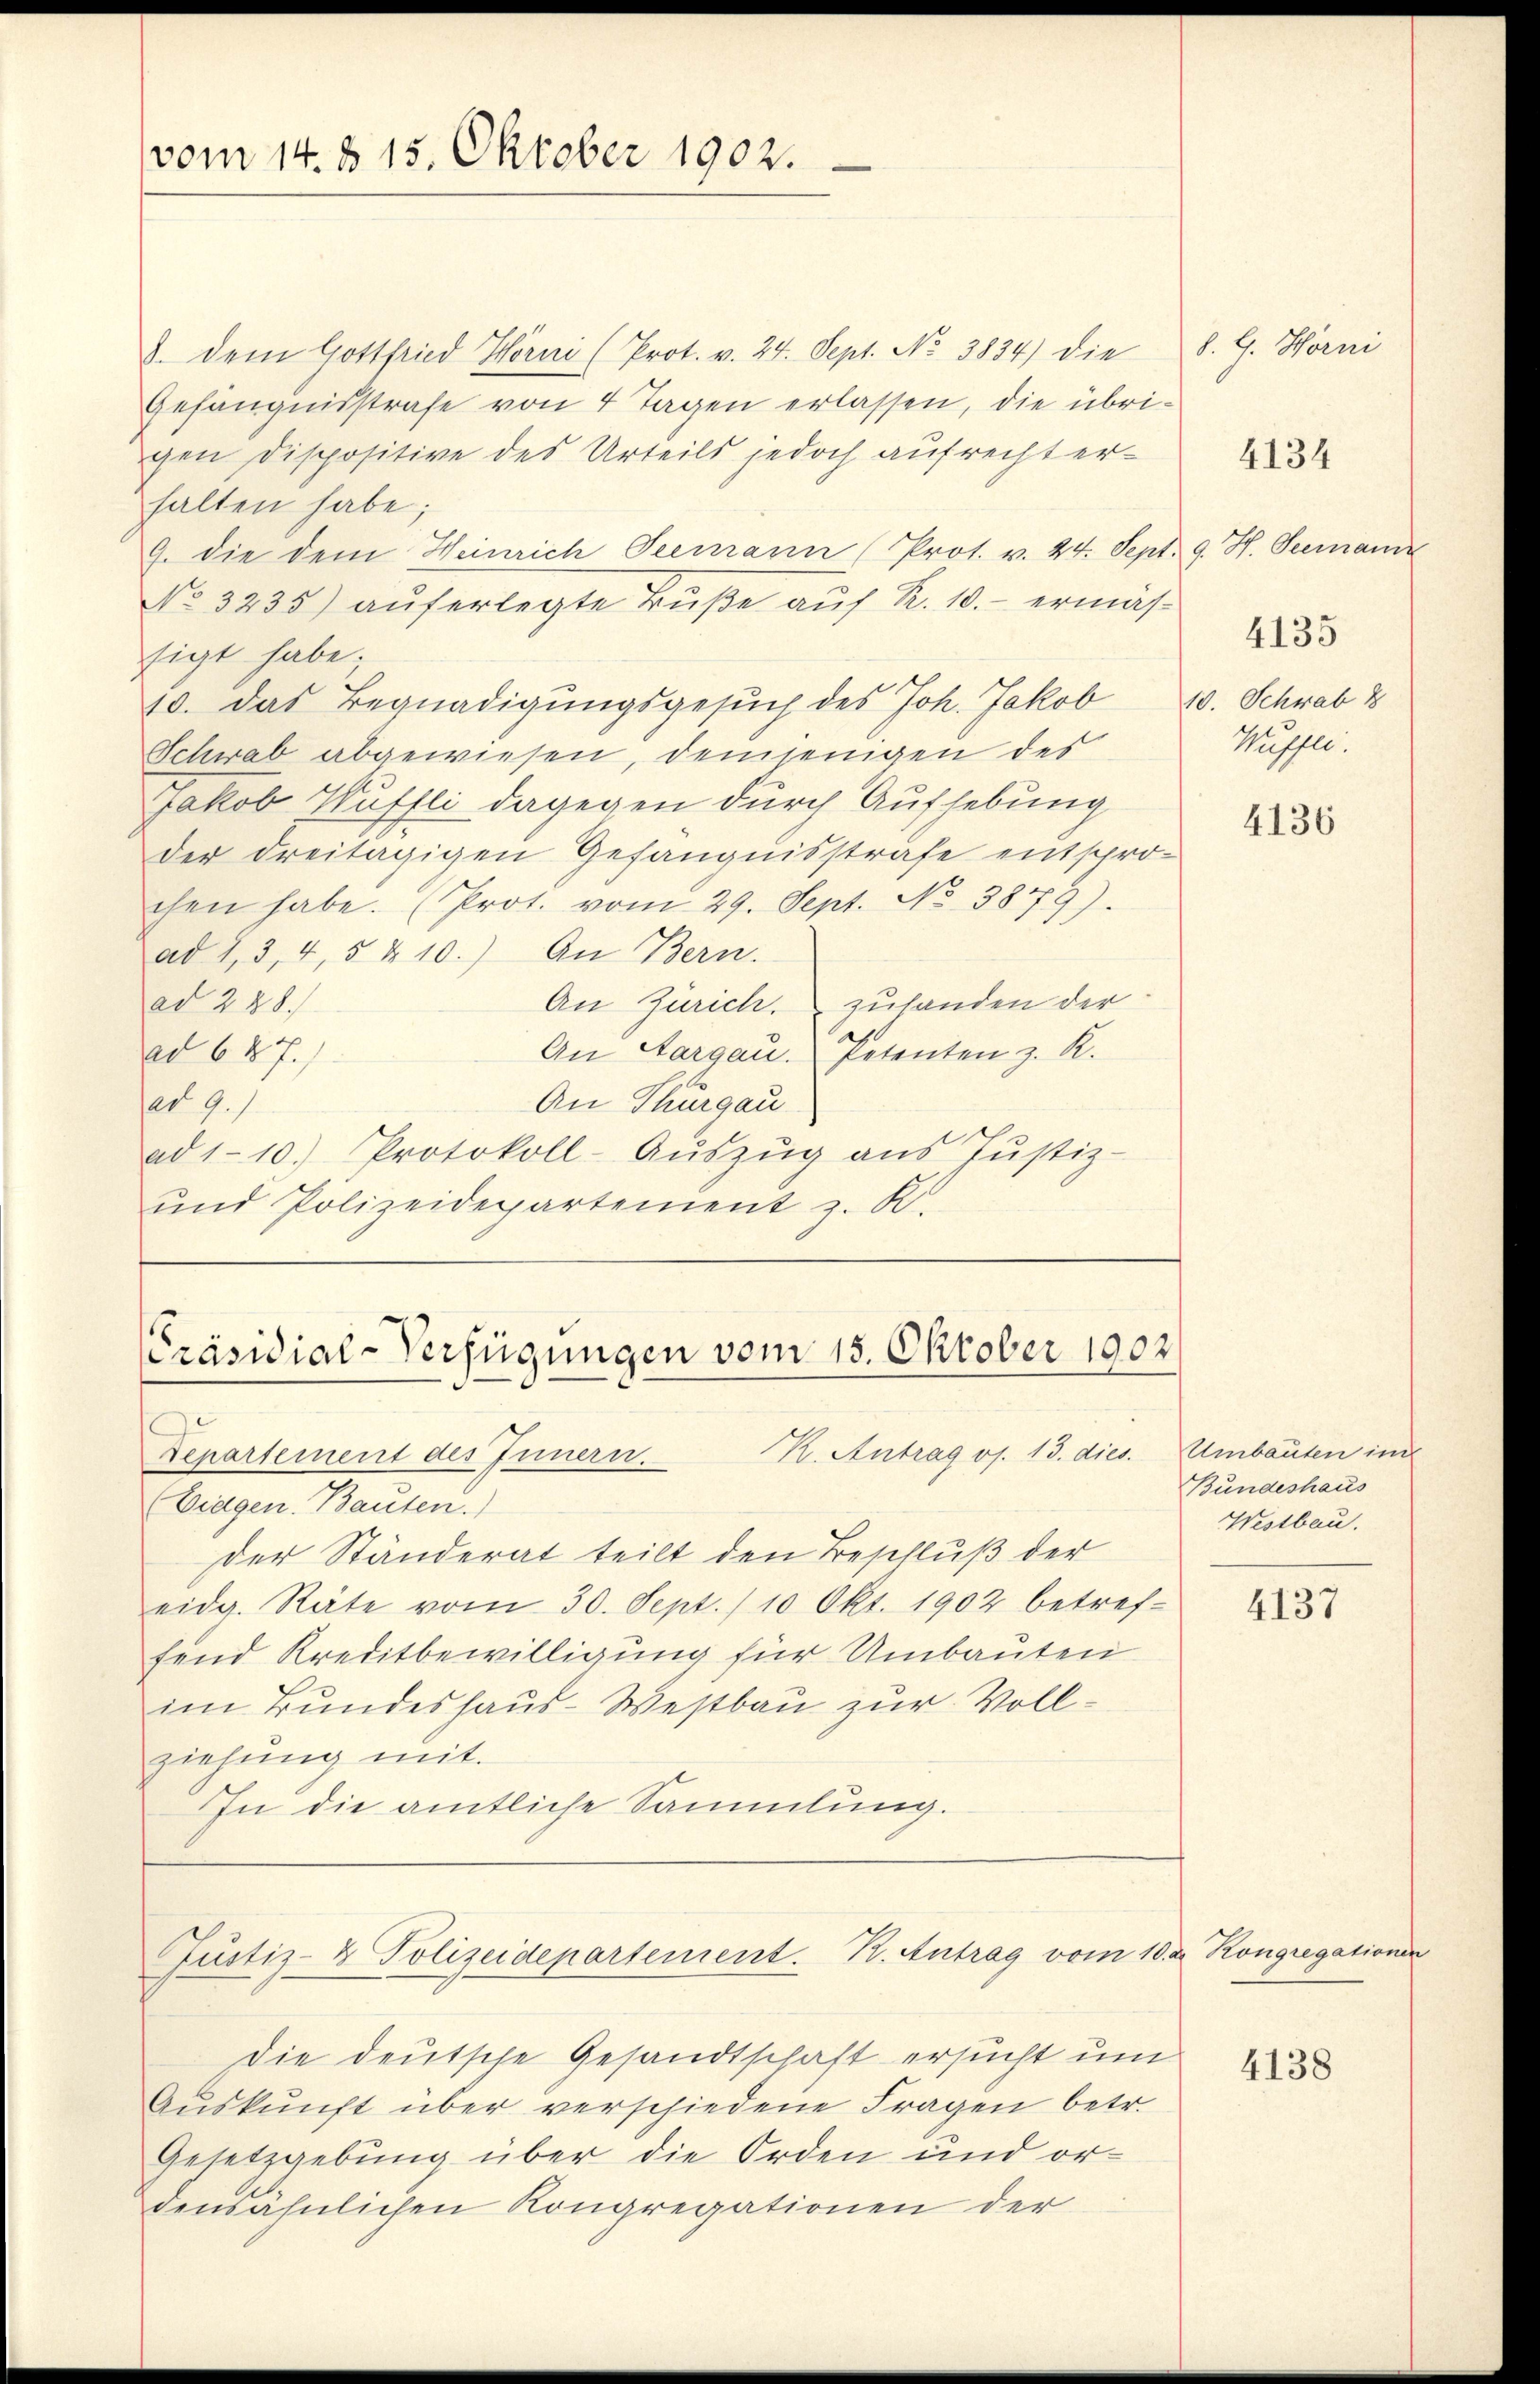
vom 14. § 15. Oktober 1902.

8. dem Gottfried Hörni (Prot. v. 24. Sept. No 3834) die S. G. Hörni
Gefängnisstrafe von 4 Tagen erlassen, die übrigen Dispositive des Urteils jedoch aufrecht erhalten habe;
9. die dem Heinrich Seemann (Prot. v. 24. Sept. 9. H. Seemann
No 3235) auferlegte Buße auf R. 10.- ermässigt habe.
10. Das Begnadigungsgesuch des Joh. Jakob
Schwab abgewiesen, demjenigen des
Jakob Wuffli dagegen durch Aufhebung
der dreitägigen Gefängnisstrafe entsprochen habe. (Prot. vom 29. Sept. No 3879).
ad 1, 3, 4, 5 § 10.) An Bern.
An Zürich, zuhanden der
ad 288.
An Aargau. Petenten z. R.
ad 687.)
An Thurgau
ad 9.)
ad 110.) Protokoll-Aŭszŭg aŭs Jŭstiz-
und Polizeidepartement z. B.

Präsidial-Verfügungen vom 15. Oktober 1902
K. Antrag os. 13. dies
Departement des Innern.

Justiz- & Polizeidepartement. K. Antrag vom 10. d. Kongregationen

(Eidgen. Bauten.)
der Ständerat teilt den Beschluß der
eidg. Räte vom 30. Sept. 10 Okt. 1902 betref-
fend Kreditbewilligung für Umbauten
im Bundeshaus-Westbau zur Vollziehung mit.
In die amtliche Sammlung.

Die deutsche Gesandtschaft ersucht um
Aŭskŭnft über verschiedene Fragen betr.
Gesetzgebung über die Orden und ordenähnlichen Kongregationen der

4134

10. Schwab 8
Hüssen:

4135

4136

Umbauten im
Bundeshaus
Westbau.

4137

4138